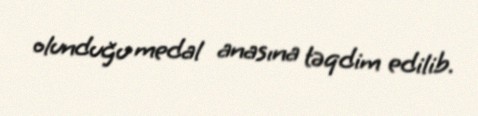
olunduğu medal anasına təqdim edilib.